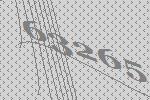
63265